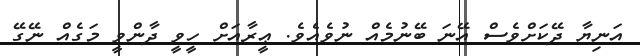
އަނިޔާ ދޭކަށްވެސް އޭނަ ބޭނުމެއް ނުވެއެވެ. ޢީރާއަށް ހީވީ ދާންވީ މަގެއް ނޭގޭ